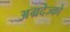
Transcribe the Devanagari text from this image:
अग्रदेज्को